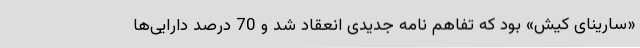
«سارینای کیش» بود که تفاهم نامه جدیدی انعقاد شد و 70 درصد دارایی‌ها